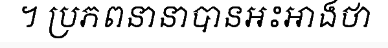
។ ប្រភពនានាបានអះអាងថា